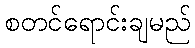
စတင်ရောင်းချမည်